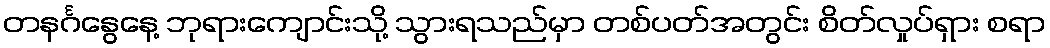
တနင်္ဂနွေနေ့ ဘုရားကျောင်းသို့ သွားရသည်မှာ တစ်ပတ်အတွင်း စိတ်လှုပ်ရှား စရာ